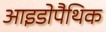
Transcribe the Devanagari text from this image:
आइडोपैथिक